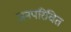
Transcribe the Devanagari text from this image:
जनपरिचित